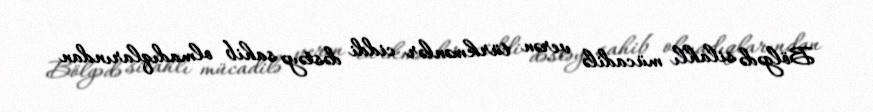
Bölgədə silahlı mücadilə verən türkmənlər ciddi dəstəyə sahib olmadıqlarından